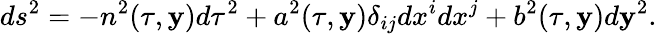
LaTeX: ds^{2}=-n^{2}(\tau,\mathbf{y})d\tau^{2}+a^{2}(\tau,\mathbf{y})\delta_{ij}dx^{i}dx^{j}+b^{2}(\tau,\mathbf{y})d\mathbf{y}^{2}.